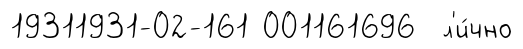
19311931-02-161 001161696 л'и́чно